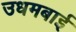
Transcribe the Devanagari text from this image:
उधमबाई